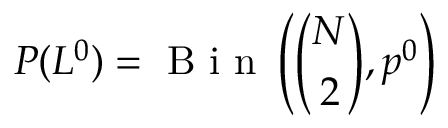
P ( L ^ { 0 } ) = \mathrm { ~ B ~ i ~ n ~ } \left( \binom { N } { 2 } , p ^ { 0 } \right)